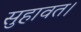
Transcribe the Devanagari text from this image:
सुहावत।